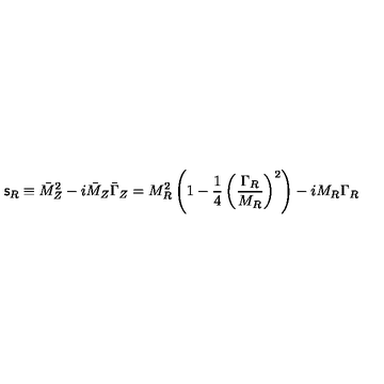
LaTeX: { \mathsf { s } } _ { R } \equiv \bar { M } _ { Z } ^ { 2 } - i \bar { M } _ { Z } \bar { \Gamma } _ { Z } = M _ { R } ^ { 2 } \left( 1 - \frac { 1 } { 4 } \left( \frac { \Gamma _ { R } } { M _ { R } } \right) ^ { 2 } \right) - i M _ { R } \Gamma _ { R }